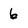
Character: 6